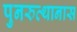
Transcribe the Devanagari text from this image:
पुनरुत्थानास